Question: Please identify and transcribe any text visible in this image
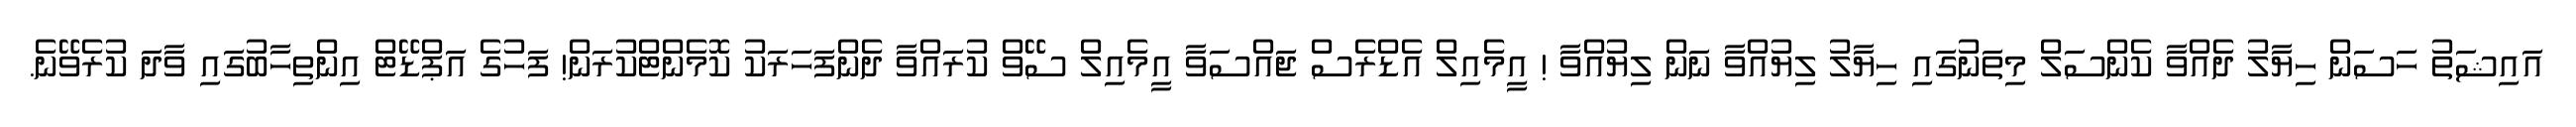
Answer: އައިޝަތު ހަސަން ހިޔާލު ދެއްވާ ކެންސަލް މިތަނުގައި ހިޔާލު ލިޔުއްވާ ނަން ލިޔުއްވާ ! އީމެއިލް އެޑްރެސް ޖައްސަވާ އީމެއިލް ސޭވް ކުރައްވާ ދެންފަހަރަކު ކޮމެންޓްކުރަން! ފަހުގެ އަޕްޑޭޓް އިންތިހާބުގައި ވާދަ ކުރެވޭނެ.